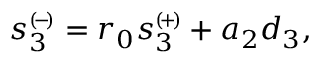
\begin{array} { r } { { s } _ { 3 } ^ { \scriptscriptstyle ( \! - \! ) } = r _ { 0 } { s } _ { 3 } ^ { \scriptscriptstyle ( \! + \! ) } + a _ { 2 } d _ { 3 } , } \end{array}